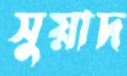
সুয়াদ